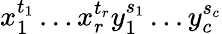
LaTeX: x_{1}^{t_{1}}\ldots x_{r}^{t_{r}}y_{1}^{s_{1}}\ldots y_{c}^{s_{c}}